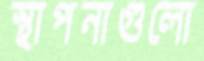
স্থাপনাগুলো